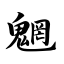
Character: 魍